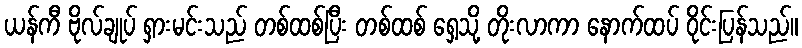
ယန်ကီ ဗိုလ်ချုပ် ရှားမင်းသည် တစ်ထစ်ပြီး တစ်ထစ် ရှေ့သို့ တိုးလာကာ နောက်ထပ် ဝိုင်းပြန်သည်။